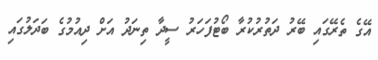
އޭގެ ތެރޭގައި ބޭރު ދަތުރުކުރާ ބޯޓުފަހަރު ސީދާ ތިނަދު އަށް ދިއުމުގެ ބަދަލުގައި